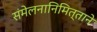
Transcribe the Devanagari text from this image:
संमेलनानिमित्ताने